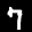
Label: 7